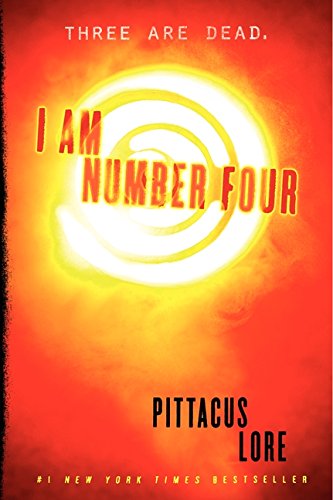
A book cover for I Am Number Four (Lorien Legacies); Pittacus Lore; Teen & Young Adult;